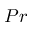
P r